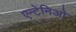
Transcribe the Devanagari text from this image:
एन्टेनिओ